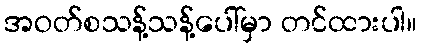
အဝတ်စသန့်သန့်ပေါ်မှာ တင်ထားပါ။